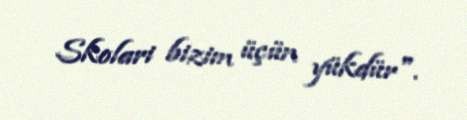
Skolari bizim üçün yükdür".